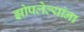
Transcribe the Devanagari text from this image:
झोपलेल्यांना